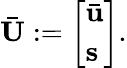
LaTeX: \bar{\mathbf{U}}:=\left[\begin{array}{l}{\bar{\mathbf{u}}}\\ {\mathbf{s}}\end{array}\right].